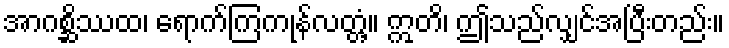
အာဂစ္ဆိဿထ၊ ရောက်ကြကုန်လတ္တံ့။ ဣတိ၊ ဤသည်လျှင်အပြီးတည်း။